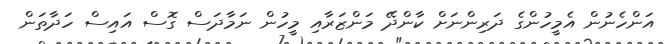
އަންހެނުން އެމީހުންގެ ދަރިންނަށް ކާންދޭ މަންޒަރާއި މީހުން ނަމާދަސް ގޮސް އައިސް ހަދާތަން